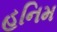
હનિમ